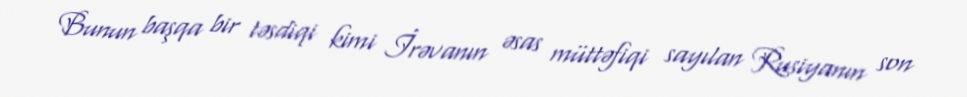
Bunun başqa bir təsdiqi kimi İrəvanın əsas müttəfiqi sayılan Rusiyanın son